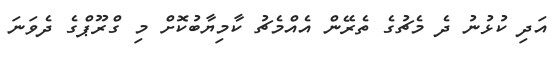
އަދި ކުޅުނު ދެ މެޗުގެ ތެރޭން އެއްމެޗު ކާމިޔާބުކޮށް މި ގްރޫޕްގެ ދެވަނަ